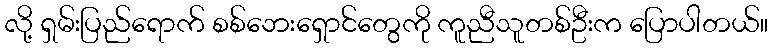
လို့ ရှမ်းပြည်ရောက် စစ်ဘေးရှောင်တွေကို ကူညီသူတစ်ဦးက ပြောပါတယ်။